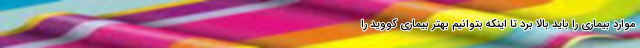
موارد بیماری را باید بالا برد تا اینکه بتوانیم بهتر بیماری کووید را